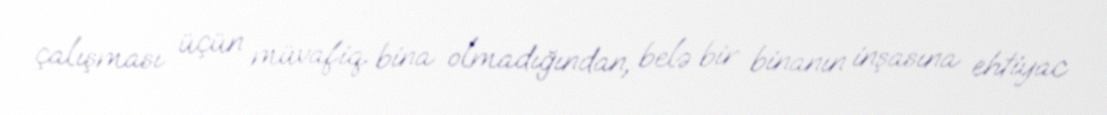
çalışması üçün müvafiq bina olmadığından, belə bir binanın inşasına ehtiyac